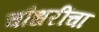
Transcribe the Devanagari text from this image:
चौधरींचा